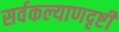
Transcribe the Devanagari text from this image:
सर्वकल्याणदृष्टी